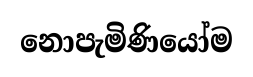
නොපැමිණියෝම